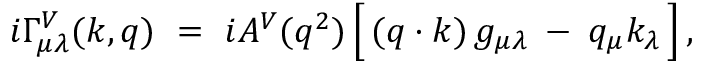
i \Gamma _ { \mu \lambda } ^ { V } ( k , q ) \ = \ i A ^ { V } ( q ^ { 2 } ) \, \Big [ \, ( q \cdot k ) \, g _ { \mu \lambda } \: - \: q _ { \mu } k _ { \lambda } \, \Big ] \, ,